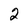
Character: 2